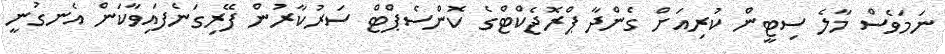
ނަމަވެސް މާލެ ސިޓީން ކުރިއަށް ގެންދާ ޕްރޮޖެކްޓްގެ ކޮންސެޕްޓް ސަރުކާރުން ފޭރިގަނެފައިވާކަން އެނގުނީ